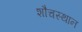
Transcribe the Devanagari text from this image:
शौचस्थान